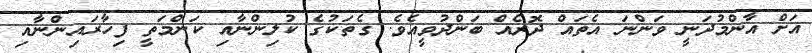
އަށް އާންމުދަނީ ވަންނަ އެތައް ދޮރެއް ބަންދުވީއެވެ. ގެތަކުގެ ކުލިންނާއި ކަންމަތީ ފިހާރައިންނާއި